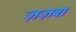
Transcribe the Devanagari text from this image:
ज़ज़बा